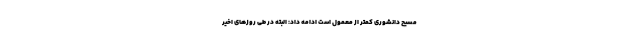
مسیح دانشوری کمتر از معمول است ادامه داد: البته در طی روز‌های اخیر